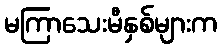
မကြာသေးမီနှစ်များက